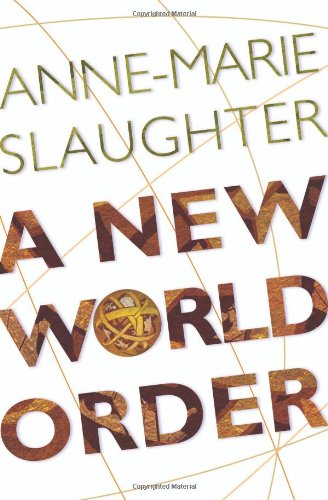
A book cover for A New World Order; Anne-Marie Slaughter; Law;